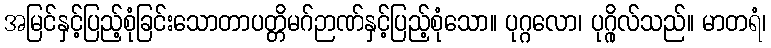
အမြင်နှင့်ပြည့်စုံခြင်းသောတာပတ္တိမဂ်ဉာဏ်နှင့်ပြည့်စုံသော။ ပုဂ္ဂလော၊ ပုဂ္ဂိုလ်သည်။ မာတရံ၊